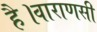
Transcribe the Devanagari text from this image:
है।वाराणसी